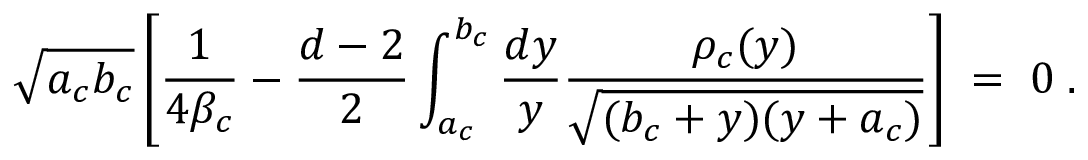
\sqrt { a _ { c } b _ { c } } \left[ { \frac { 1 } { 4 \beta _ { c } } } - { \frac { d - 2 } { 2 } } \int _ { a _ { c } } ^ { b _ { c } } { \frac { d y } { y } } { \frac { \rho _ { c } ( y ) } { \sqrt { ( b _ { c } + y ) ( y + a _ { c } ) } } } \right] \; = \; 0 \; .